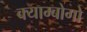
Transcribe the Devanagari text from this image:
क्याम्बोगो